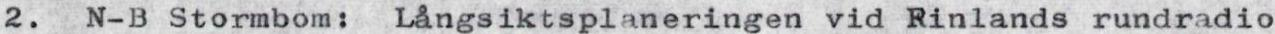
2.  N-B Stormbom: Långsiktsplaneringen vid Rinlands rundradio